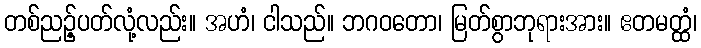
တစ်ညဉ့်ပတ်လုံ့လည်း။ အဟံ၊ ငါသည်။ ဘဂဝတော၊ မြတ်စွာဘုရားအား။ ဧတမတ္ထံ၊